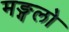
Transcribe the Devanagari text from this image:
मङ्गलो